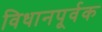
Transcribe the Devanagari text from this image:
विधानपूर्वक